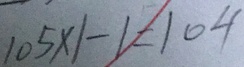
1 0 5 \times 1 - 1 = 1 0 4